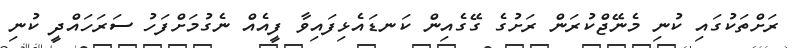
ރަށްތަކުގައި ކުނި މެނޭޖްކުރަން ރަށުގެ ގޭގެއިން ކަނޑައެޅިފައިވާ ފީއެއް ނެގުމަށްފަހު ސަރަހައްދީ ކުނި